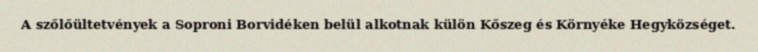
A szőlőültetvények a Soproni Borvidéken belül alkotnak külön Kőszeg és Környéke Hegyközséget.